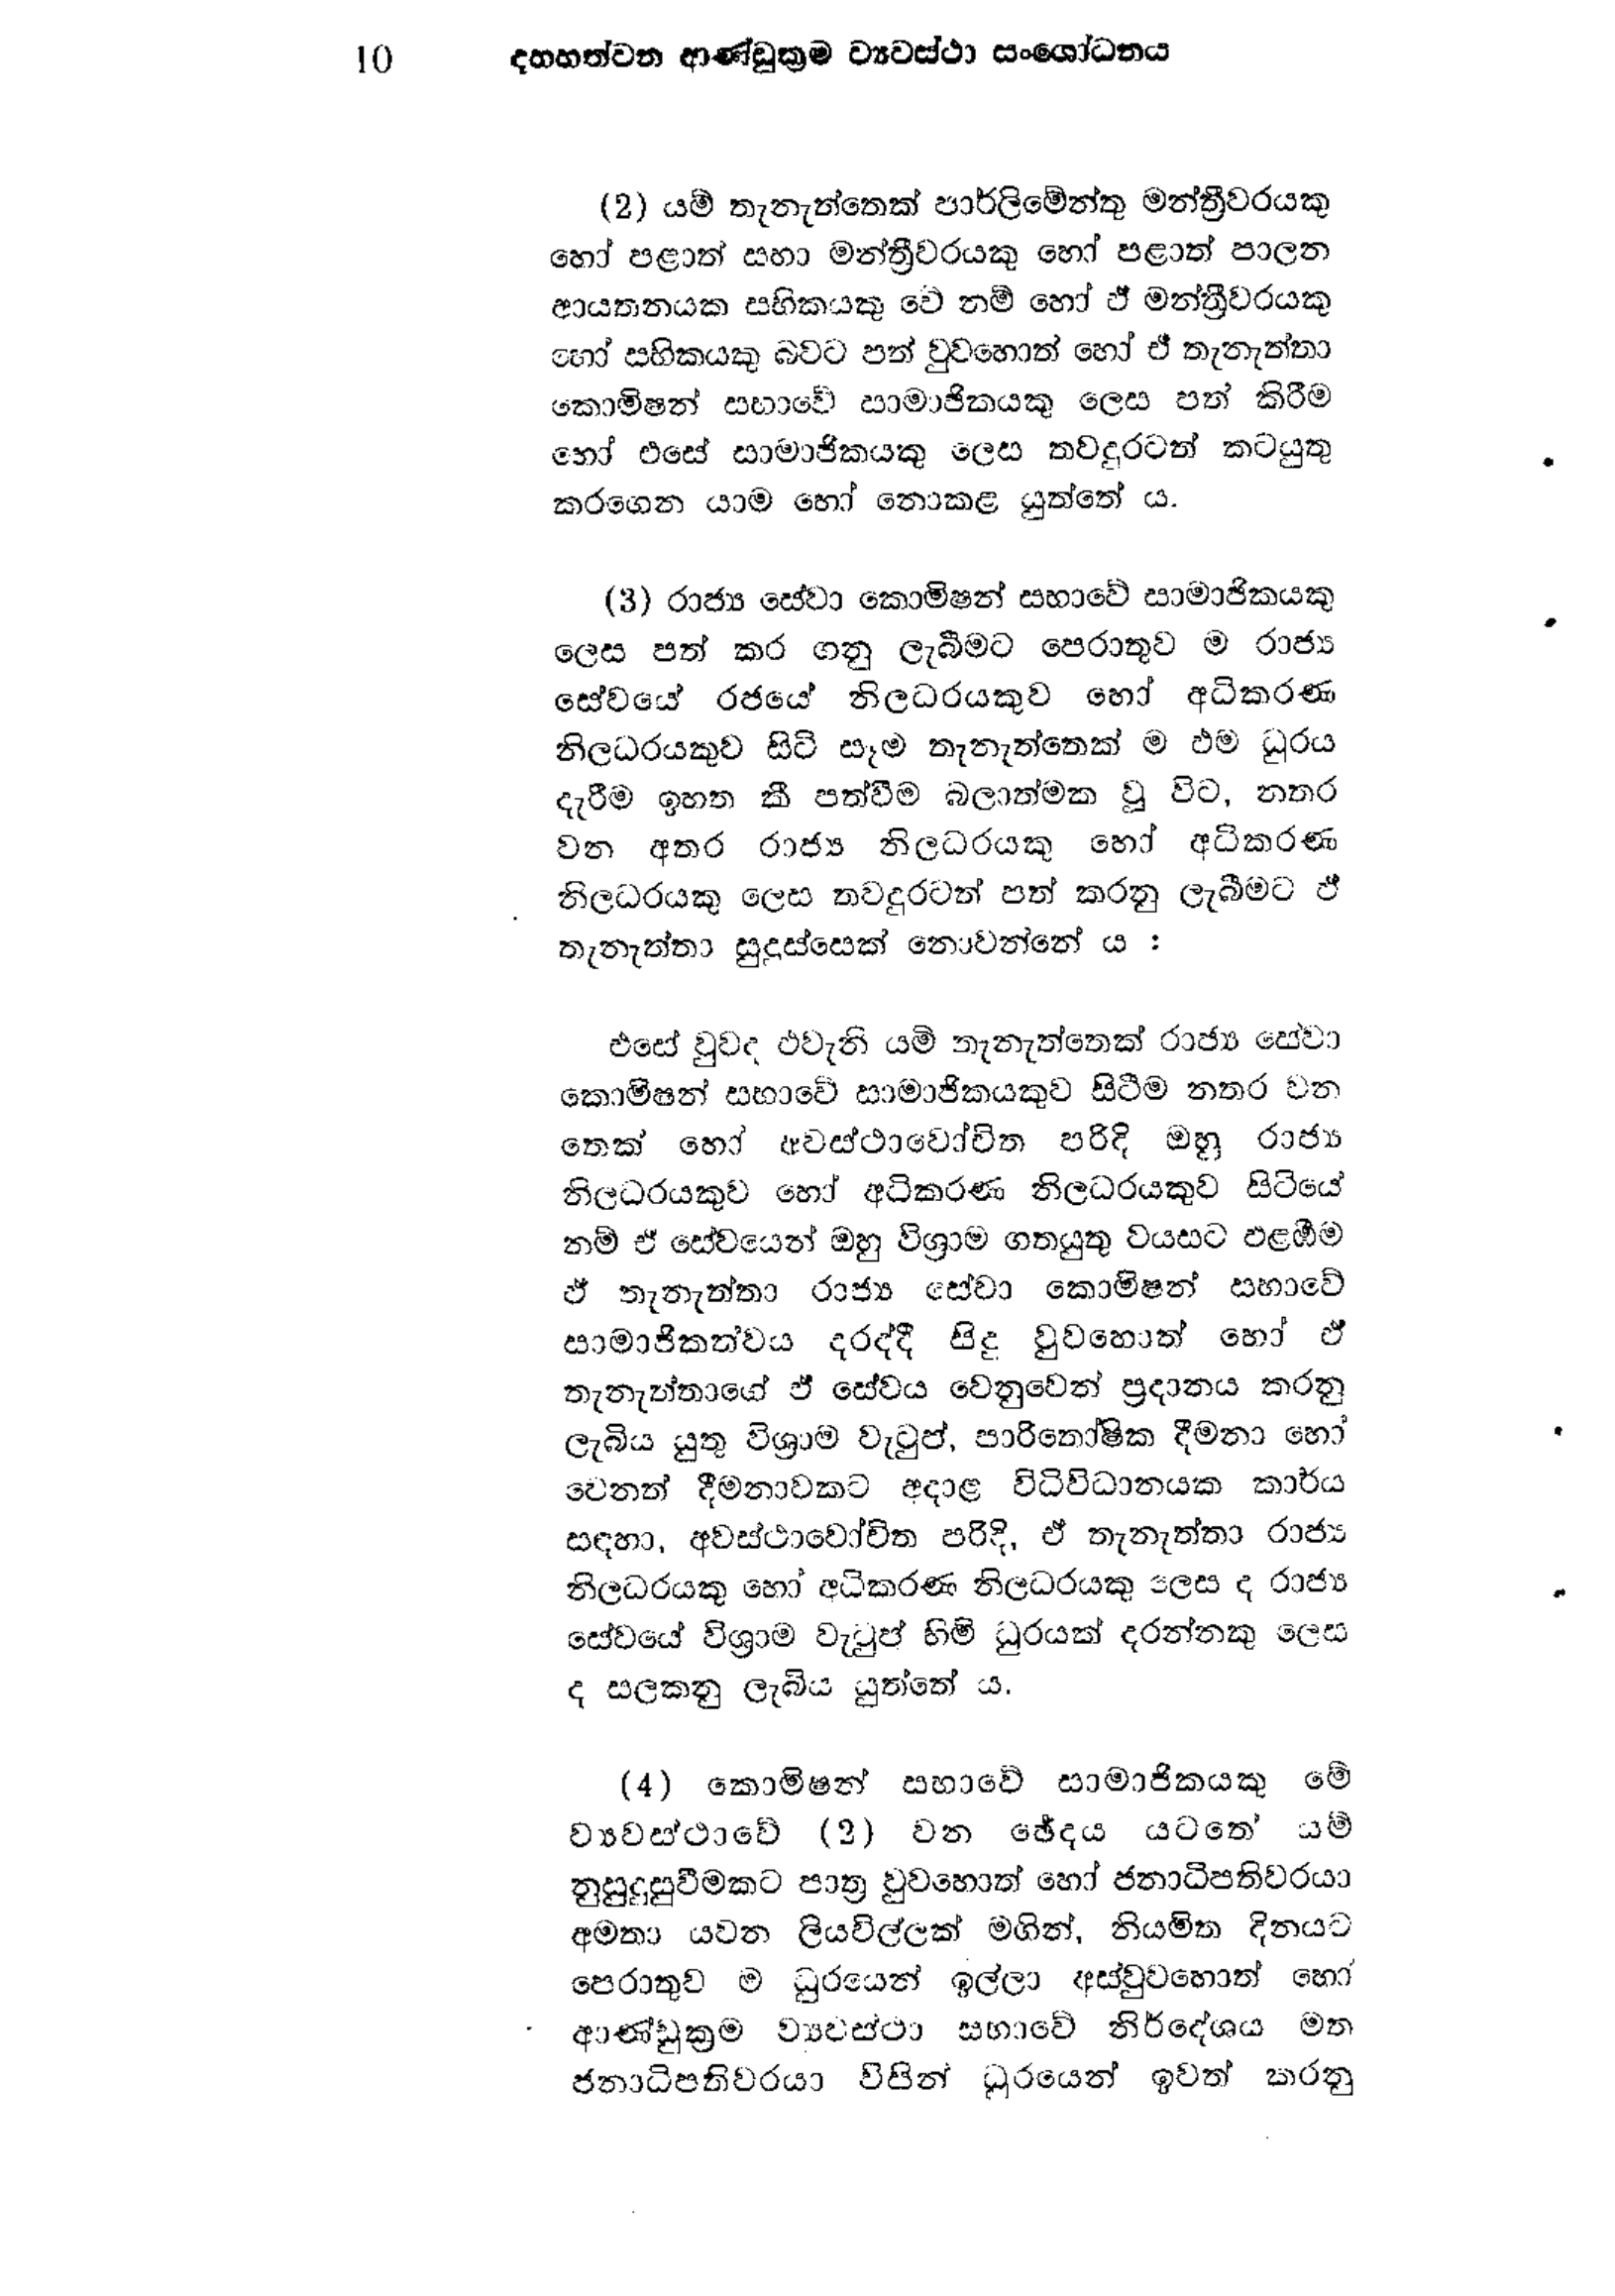
10 දහහත්වන ආණ්ඩුක්‍රම ව්‍යවස්ථා සංශෝධනය

(2) යම් තැනැත්තෙක් පාර්ලිමේන්තු මන්ත්‍රීවරයකු
හෝ පළාත් සහා මන්ත්‍රීවරයකු හෝ පළාත් පාලන
ආයතනයක සභිකයකු වේ නම් හෝ ඒ මන්ත්‍රීවරයකු
හෝ සහිකයකු බවට පත් වුවහොත් හෝ ඒ තැනැත්තා
කොමිෂන් සභාවේ සාමාජිකයකු ලෙස පත් කිරීම
හෝ එසේ සාමාජිකයකු ලෙස තවදුරටත් කටයුතු
කරගෙන යාම හෝ නොකළ යුත්තේ ය.

(3) රාජ්‍ය සේවා කොමිෂන් සභාවේ සාමාජිකයකු
ලෙස පත් කර ගනු ලැබීමට පෙරාතුව ම රාජ්‍ය
සේවයේ රජයේ නිලධරයකුව හෝ අධිකරණ
නිලධරයකුව සිටි සෑම තැනැත්තෙක් ම එම ධුරය
දැරීම ඉහත කී පත්වීම බලාත්මක වූ විට, නතර
වන අතර රාජ්‍ය නිලධරයකු හෝ අධිකරණ
නිලධරයකු ලෙස තවදුරටත් පත් කරනු ලැබීමට ඒ
තැනැත්තා සුදුස්සෙක් නොවන්නේ ය :

එසේ වුවද එවැනි යම් තැනැත්තෙක් රාජ්‍ය සේවා
කොමිෂන් සභාවේ සාමාජිකයකුව සිටීම නතර වන
තෙක් හෝ අවස්ථාවෝචිත පරිදි ඔහු රාජ්‍ය
නිලධරයකුව හෝ අධිකරණ නිලධරයකුව සිටියේ
නම් ඒ සේවයෙන් ඔහු විශ්‍රාම ගත යුතු ව්යසට ඵළඹීම
ඒ තැනැත්තා රාජ්‍ය සේවා කොමිෂන් සභාවේ
සාමාජිකත්වය දරද්දී සිදු වුවහොත් හෝ ඒ
තැනැත්තාගේ ඵ් සේවය වෙනුවෙන් ප්‍රදානය කරනු
ලැබිය යුතු විශ්‍රාම වැටුප්, පාරිතෝෂික දීමනා හෝ
වෙනත් දීමනාවකට අදාළ විධිවිධානයක කාර්ය
සඳහා, අවස්ථාවෝචිත පරිදි, ඒ තැනැත්තා රාජ්‍ය
නිලධරයකු හෝ අධිකරණ නිලධරයකු ලෙස ද රාජ්‍ය
සේවයේ විශ්‍රාම වැටුප් හිමි ධුරයක් දරන්නකු ලෙස
ද සලකනු ලැබිය යුත්තේය.

(4) කොමිෂන් සභාවේ සාමාජිකයකු මේ
ව්‍යවස්ථාවේ. (2) වන ඡේදය යටතේ යම්
නුසුදුසුවීමකට පාත්‍ර වුවහොත් හෝ ජනාධිපතිවරයා
අමතා යවන ලියවිල්ලක් මගින්, නියමිත දිනයට
පෙරාතුවම ධුරයෙන් ඉල්ලා අස්වුවහොත් හෝ
ආණ්ඩුක්‍රම ව්‍යවස්ථා සභාවේ නිර්දේශය මත
ජනාධිපතිවරයා විසින් ධූරයෙන් ඉවත් කරනු